Report on the nature of kala-azar
Disease focus: Kala-Azar
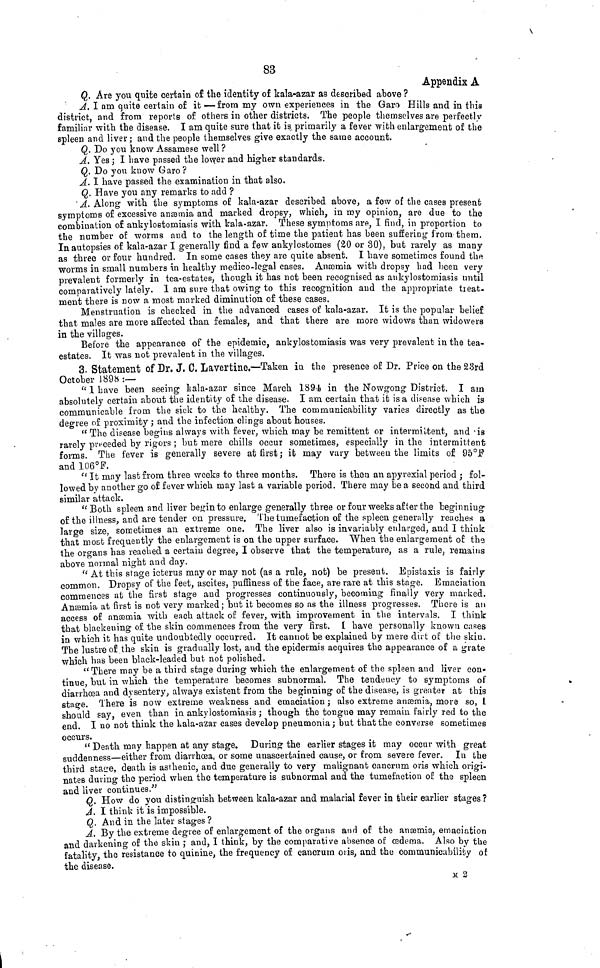
83
Appendix A
Q. Are you quite certain of the identity of kala-azar as described above ?
A. I am quite certain of it — from my own experiences in the Garo Hills and in this
district, and from reports of others in other districts. The people themselves are perfectly
familiar with the disease. I am quite sure that it is, primarily a fever with enlargement of the
spleen and liver ; and the people themselves give exactly the same account.
Q. Do you know Assamese well ?
A. Yes; I have passed the lower and higher standards.
Q. Do you know Garo?
A. I have passed the examination in that also.
Q. Have you any remarks to add ?
A. Along with the symptoms of kala-azar described above, a few of the cases present
symptoms of excessive anæmia and marked dropsy, which, in my opinion, are due to the
combination of ankyloetomiasis with kala-azar. These symptoms are, I find, in proportion to
the number of worms and to the length of time the patient has been suffering from them.
In autopsies of kala-azar I generally find a few ankylostomes (20 or 30), but rarely as many
as three or four hundred. In some cases they are quite absent. I have sometimes found the
worms in small numbers in healthy medico-legal cases. Anæmia with dropsy had been very
prevalent formerly in tea-estates, though it has not been recognised as ankylostomiasis until
comparatively lately. 1 am sure that owing to this recognition and the appropriate treat-
ment there is now a most marked diminution of these cases.
Menstruation is checked in the advanced cases of kala-azar. It is the popular belief
that males are more affected than females, and that there are more widows than widowers
in the villages.
Before the appearance of the epidemic, ankylostomiasis was very prevalent in the tea-
estates. It was not prevalent in the villages.
3. Statement of Dr. J. C. Lavertine.—Taken in the presence of Dr. Price on the 23rd
October 1898:—
"I have been seeing kala-azar since March 1891 in the Nowgong District. I am
absolutely certain about the identity of the disease. I am certain that it is a disease which is
communicable from the sick to the healthy. The communicability varies directly as the
degree of proximity; and the infection clings about houses.
"The disease begins always with fever, which may be remittent or intermittent, and is
rarely preceded by rigors; but mere chills occur sometimes, especially in the intermittent
forms. The fever is generally severe at first; it may vary between the limits of 95°F
and 106°F.
"It may last from three weeks to three months. There is then an apyrexial period; fol-
lowed by another go of fever which may last a variable period. There may be a second and third
similar attack.
"Both spleen and liver begin to enlarge generally three or four weeks after the beginning
of the illness, and are tender on pressure. The tumefaction of the spleen generally reaches a
large size, sometimes an extreme one. The liver also is invariably enlarged, and I think
that most frequently the enlargement is on the upper surface. When the enlargement of the
the organs has reached a certain degree, I observe that the temperature, as a rule, remains
above normal night and day.
"At this stage icterus may or may not (as a rule, not) be present. Epistaxis is fairly
common. Dropsy of the feet, ascites, puffíness of the face, are rare at this stage. Emaciation
commences at the first stage and progresses continuously, becoming finally very marked,
Anæmia at first is not very marked; but it becomes so as the illness progresses. There is an
access of anæmia with each attack of fever, with improvement in the intervals. I think
that blackening of the skin commences from the very first. I have personally known cases
in which it has quite undoubtedly occurred. It cannot be explained by mere dirt of the skin.
The lustre of the skin is gradually lost, and the epidermis acquires the appearance of a grate
which has been black-leaded but not polished.
"There may be a third stage during which the enlargement of the spleen and liver con-
tinue, but in which the temperature becomes subnormal. The tendency to Symptoms of
diarrhoea and dysentery, always existent from the beginning of the disease, is greater at this
stage. There is now extreme weakness and emaciation; also extreme anæmia, more so, I
should say, even than in ankylostomiasis; though the tongue may remain fairly red to the
end. I no not think the kala-azar cases develop pneumonia; but that the converse sometimes
occurs.
"Death may happen at any stage. During the earlier stages it may occur with great
suddenness either from diarrhœa, or some unascertained cause, or from severe fever. In the
third stage, death is asthenic, and due generally to very malignant cancrum oris which origi-
nates during the period when the temperature is subnormal and the tumefaction of the spleen
and liver continues."
Q. How do you distinguish between kala-azar and malarial fever in their earlier stages?
A. I think it is impossible.
Q. And in the later stages ?
A. By the extreme degree of enlargement of the organs and of the anæmia, emaciation
and darkening of the skin; and, I think, by the comparative absence of oedema. Also by the
fatality, the resistance to quinine, the frequency of cancrum oris, and the communicability of
the disease.
M 2